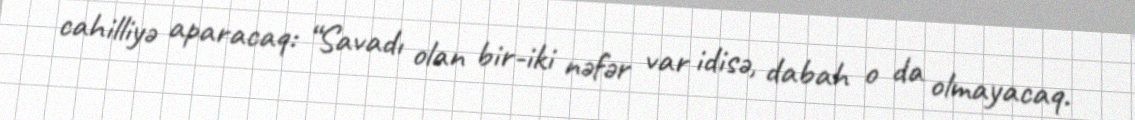
cahilliyə aparacaq: “Savadı olan bir-iki nəfər var idisə, dabah o da olmayacaq.